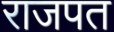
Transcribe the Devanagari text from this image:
राजपत